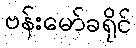
ဗန်းမော်ခရိုင်